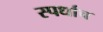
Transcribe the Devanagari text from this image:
स्पर्धाच